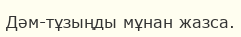
Дәм-тұзыңды мұнан жазса.